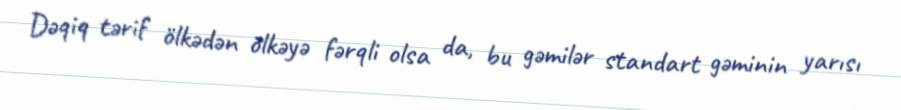
Dəqiq tərif ölkədən ölkəyə fərqli olsa da, bu gəmilər standart gəminin yarısı